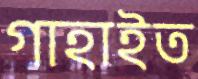
গাহাইত